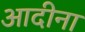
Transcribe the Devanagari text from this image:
आदीना